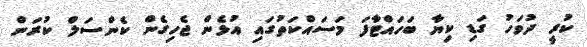
ކުރީ ދުވަހު ގަޑި ކިޔާ ބަހައްޓާފަ މަސައްކަތުގައި އުޅެން ޖެހިގެން ކެންސަލް ކުރަން